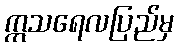
ဣသရေလပြည်မှ